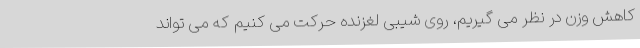
کاهش وزن در نظر می گیریم، روی شیبی لغزنده حرکت می کنیم که می تواند